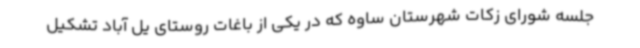
جلسه شورای زکات شهرستان ساوه که در یکی از باغات روستای یل آباد تشکیل